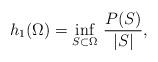
LaTeX: \begin{align*}h_1(\Omega)=\inf_{S\subset\Omega}\, \frac{P(S)}{|S|},\end{align*}